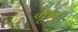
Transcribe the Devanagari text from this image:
भ्रूण